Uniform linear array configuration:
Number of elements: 8
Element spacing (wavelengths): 1
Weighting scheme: exponential
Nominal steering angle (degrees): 45
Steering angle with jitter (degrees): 45.029
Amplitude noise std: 0.05
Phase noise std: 0.05

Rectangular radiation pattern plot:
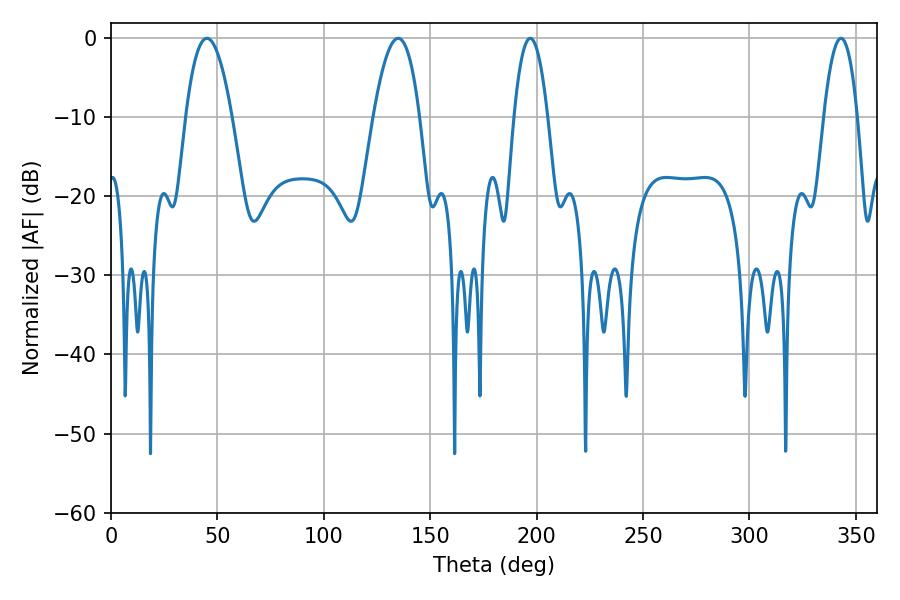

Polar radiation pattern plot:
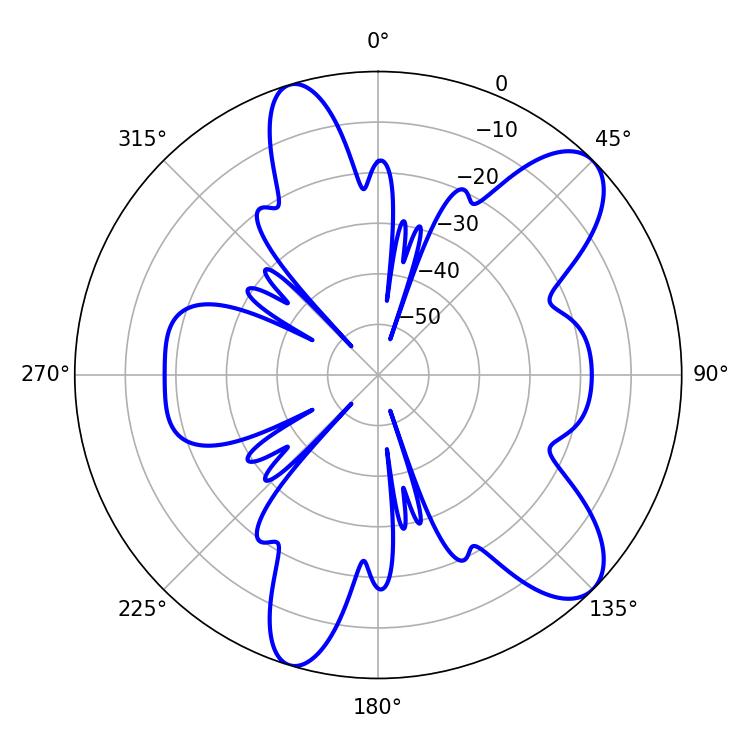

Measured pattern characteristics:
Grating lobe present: TRUE
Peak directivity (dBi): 9.562
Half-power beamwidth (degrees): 11.88
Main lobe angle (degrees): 45